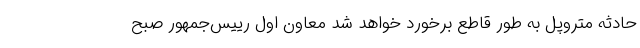
حادثه متروپل به طور قاطع برخورد خواهد شد معاون اول رییس‌جمهور صبح